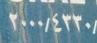
٢٠٠٠/٤٣٣٠